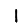
Digit: 1